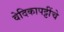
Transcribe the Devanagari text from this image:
वेदिकापट्टींचे